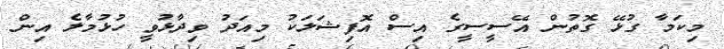
މިކަމާ ގުޅޭ ގޮތުން އޭސީސީގެ އިސް އޮފިޝަލަކު މިއަދު ވިދާޅުވީ ހުޅުމާލެ އިން